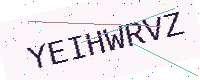
Text: YEIHWRVZ